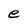
Character: e